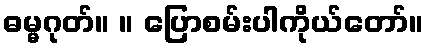
ဓမ္မဂုတ်။ ။ ပြောစမ်းပါကိုယ်တော်။